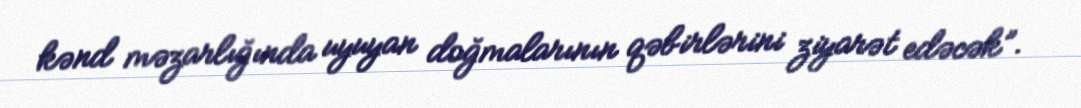
kənd məzarlığında uyuyan doğmalarının qəbirlərini ziyarət edəcək”.